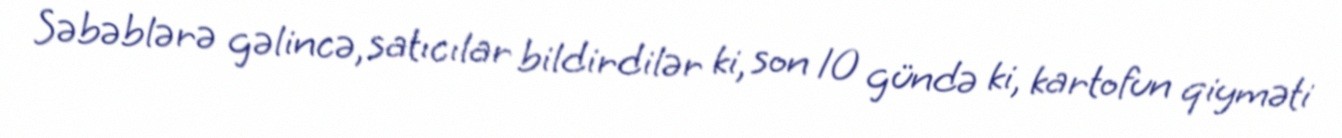
Səbəblərə gəlincə, satıcılar bildirdilər ki, son 10 gündə ki, kartofun qiyməti